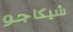
شيكاجو